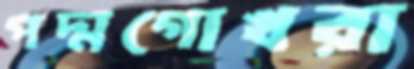
পদ্মগোখরা